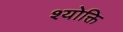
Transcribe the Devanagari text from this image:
श्योक्ति